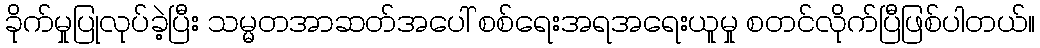
ခိုက်မှုပြုလုပ်ခဲ့ပြီး သမ္မတအာဆတ်အပေါ် စစ်ရေးအရအရေးယူမှု စတင်လိုက်ပြီဖြစ်ပါတယ်။